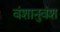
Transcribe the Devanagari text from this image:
वंशानुवंश